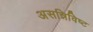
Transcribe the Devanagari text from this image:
असन्निविष्ट